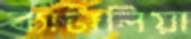
ব্যাটালিয়া